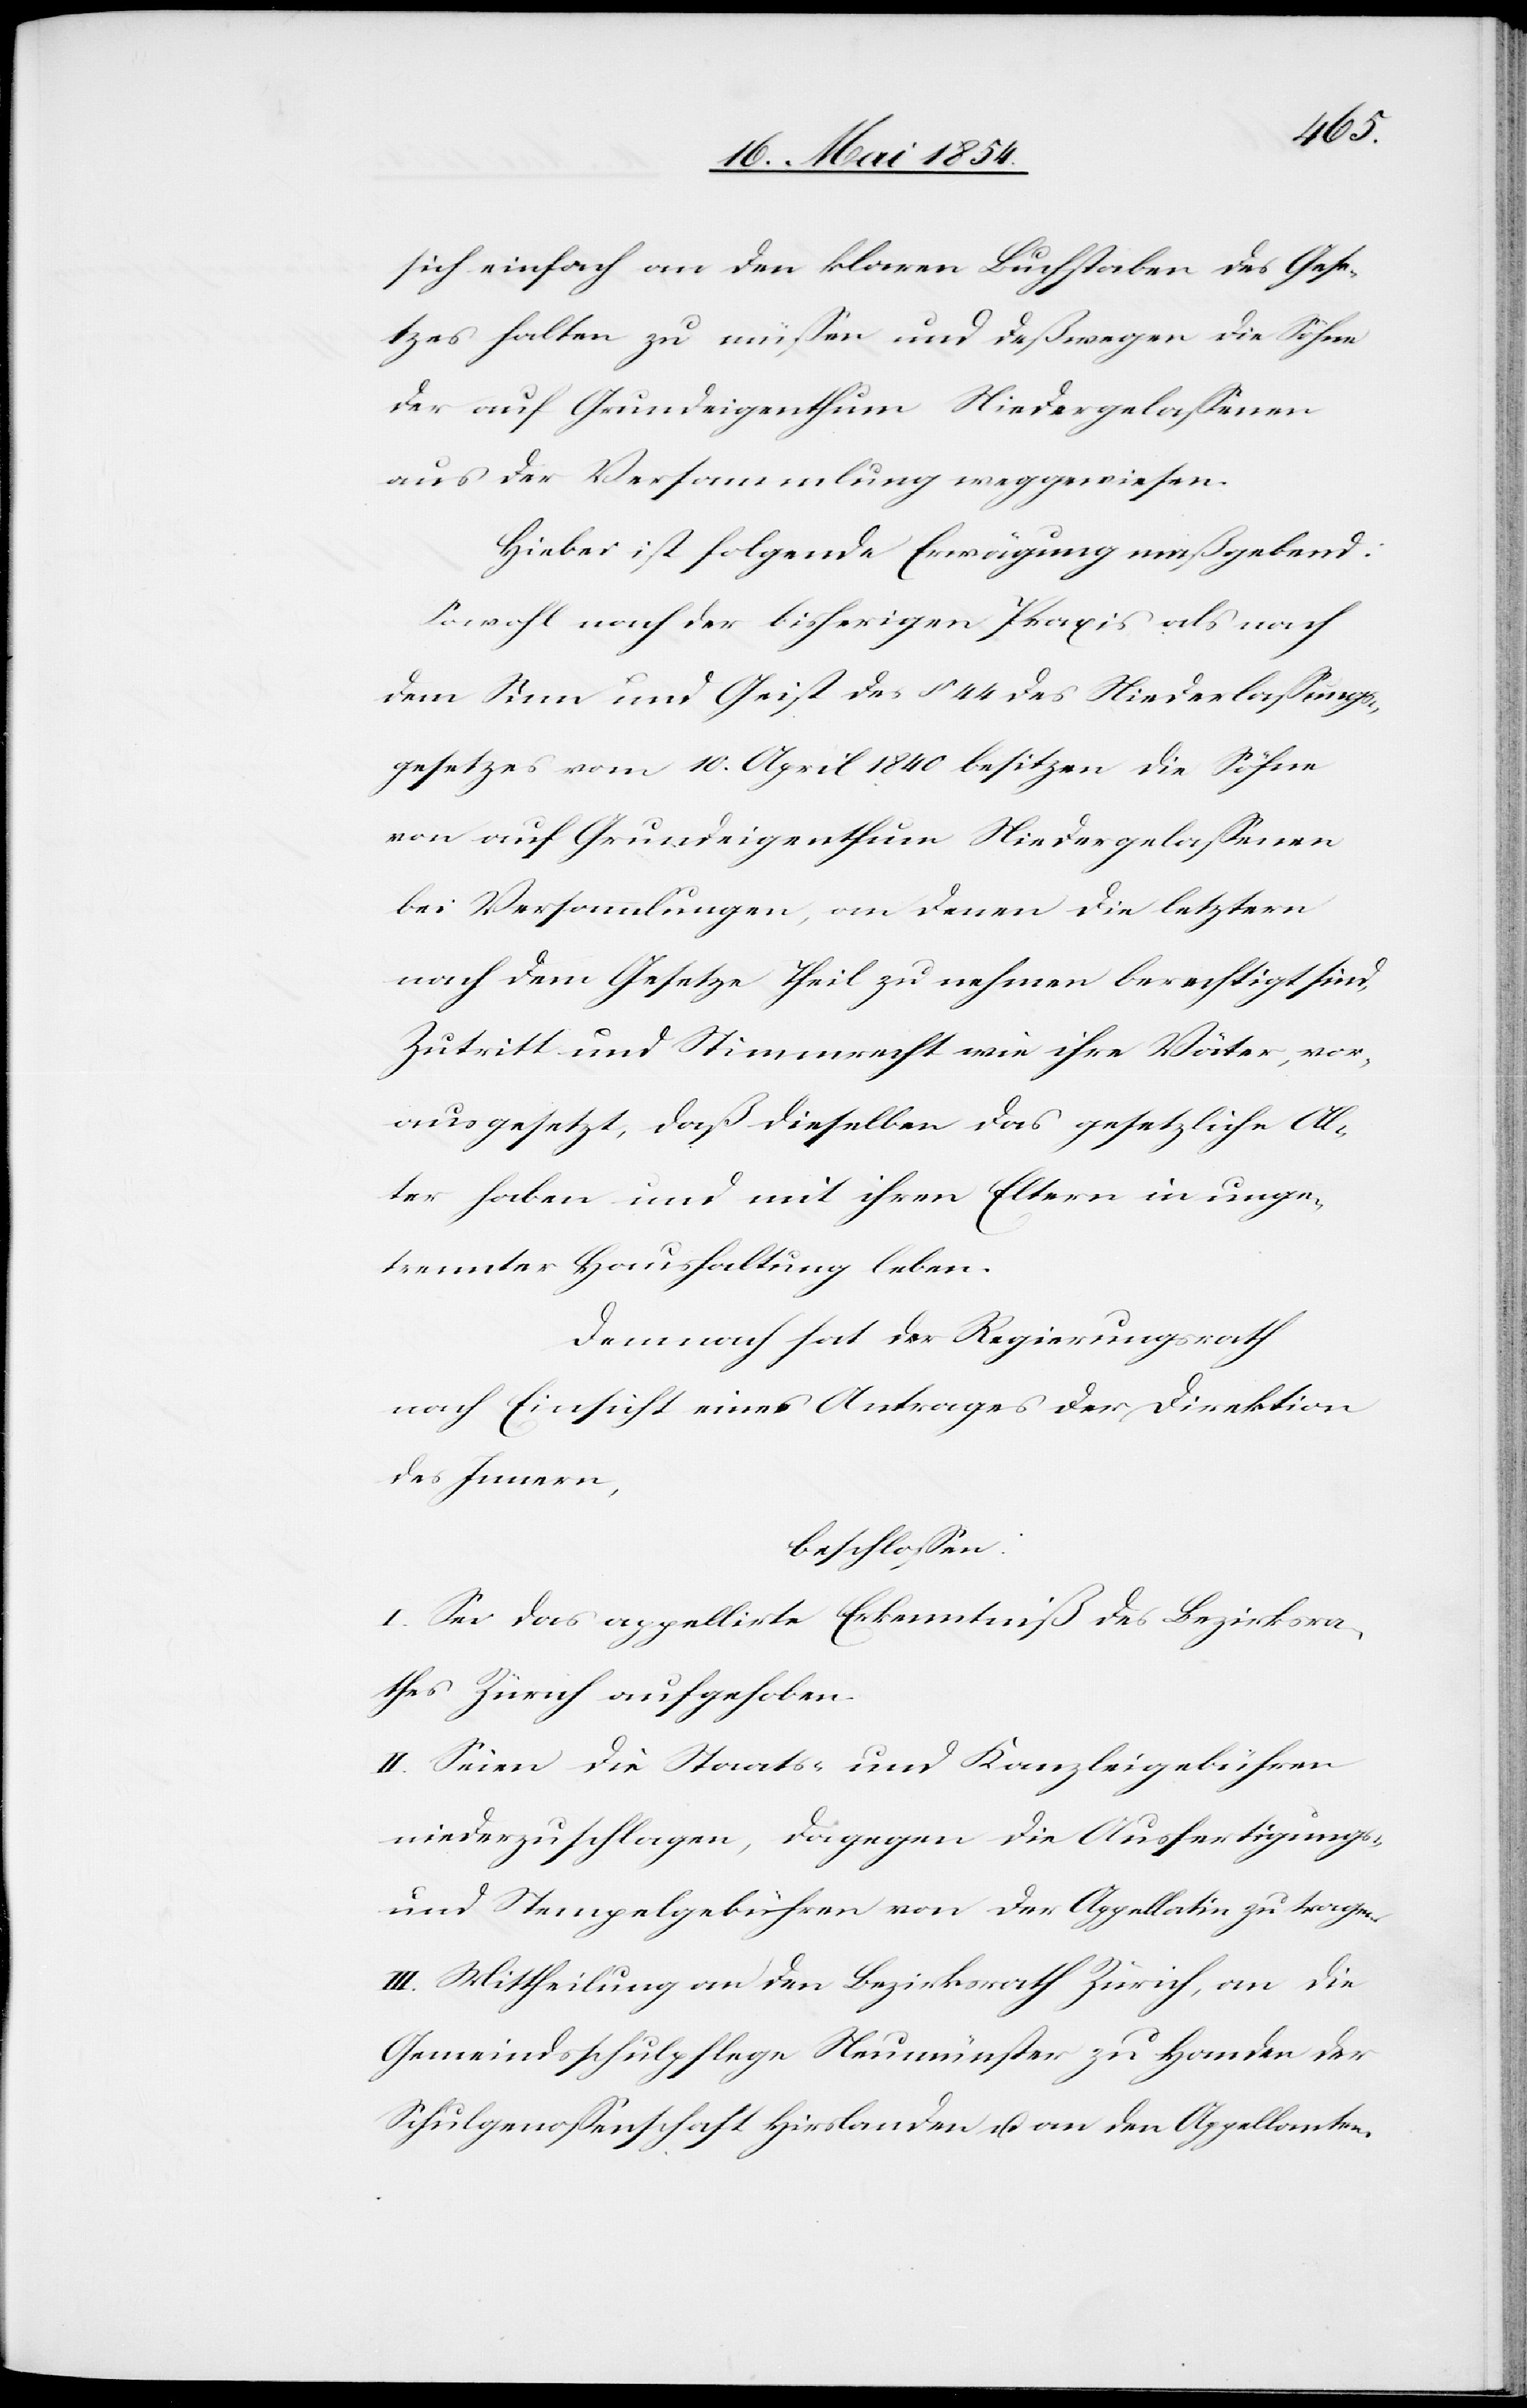
sich einfach an den klaren Buchstaben des Gese¬
tzes halten zu müßen und deßwegen die Söhne
der auf Grundeigenthum Niedergelaßenen
aus der Versammlung weggewiesen.
Hiebei ist folgende Erwägung maßgebend.
Sowohl nach der bisherigen Praxis als nach
dem Sinne und Geist des § 44 des Niederlaßungs¬
gesetzes vom 10. April 1840 besitzen die Söhne
von auf Grundeigenthum Niedergelaßenen
bei Versammlungen, an denen die letztern
nach dem Gesetze Theil zu nehmen berechtigt sind,
Zutritt und Stimmrecht wie ihre Väter, vor¬
ausgesetzt, daß dieselben das gesetzliche Al¬
ter haben und mit ihren Eltern in unge¬
trennter Haushaltung leben.
Demnach hat der Regierungsrath
nach Einsicht eines Antrages der Direktion
des Innern,
beschloßen:
I. Sei das appellirte Erkenntniß des Bezirksra¬
thes Zürich aufgehoben.
II. Seien die Staats- und Kanzleigebühren
niederzuschlagen, dagegen die Ausfertigungs-
und Stempelgebühren von der Appellatin zu tragen.
III. Mittheilung an den Bezirksrath Zürich, an die
Gemeindsschulpflege Neumünster zu Handen der
Schulgenoßenschaft Hirslanden u. an den Appellanten.